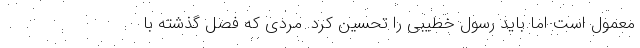
معمول است اما باید رسول خطیبی را تحسین کرد. مردی که فصل گذشته با